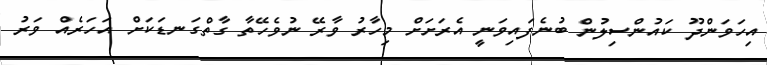
އިހަވަންދޫ ކައުންސިލުން ބުނެފައިވަނީ އެރަށަށް މިހާރު ވާރޭ ނުވެހޭތާ ގާތްގަނޑަކަށް އަހަރެއް ވަރު